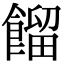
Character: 餾